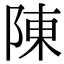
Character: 陳